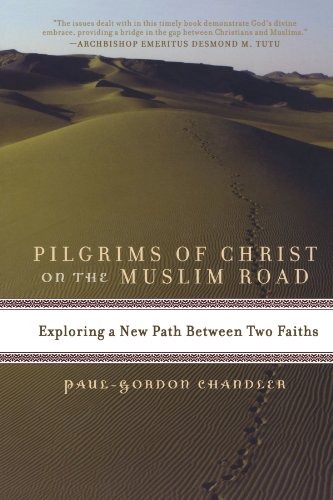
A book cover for Pilgrims of Christ on the Muslim Road: Exploring a New Path Between Two Faiths; Paul-Gordon Chandler; Christian Books & Bibles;